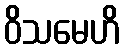
ဝိသမေဟိ